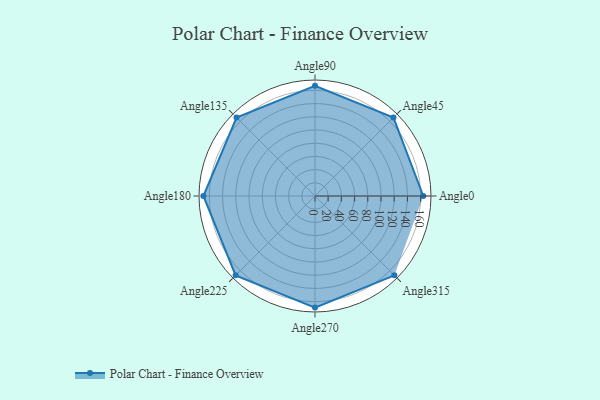
{"axis": {"x": "Angle", "y": "Radius"}, "legend": [""], "data": [{"x": "Angle0", "y": 164.0, "type": ""}, {"x": "Angle45", "y": 168.0, "type": ""}, {"x": "Angle90", "y": 167.0, "type": ""}, {"x": "Angle135", "y": 168.0, "type": ""}, {"x": "Angle180", "y": 169.0, "type": ""}, {"x": "Angle225", "y": 170, "type": ""}, {"x": "Angle270", "y": 169.0, "type": ""}, {"x": "Angle315", "y": 170.0, "type": ""}]}